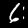
Label: 6